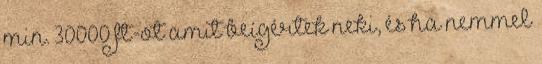
min. 30000 ft-ot amit beígértek neki, és ha nemmel